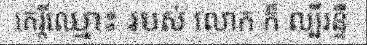
កេរ្តិ៍ឈ្មោះ របស់ លោក ក៏ ល្បីរន្ទឺ